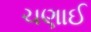
ચણાઈ